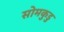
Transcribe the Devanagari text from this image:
सोमकुडु